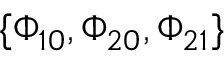
\{ \Phi _ { 1 0 } , \Phi _ { 2 0 } , \Phi _ { 2 1 } \}